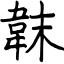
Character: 韎